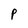
Character: P